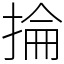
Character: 掄